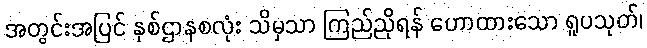
အတွင်းအပြင် နှစ်ဌာနစလုံး သိမှသာ ကြည်ညိုရန် ဟောထားသော ရူပသုတ်၊